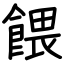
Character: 餵